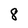
Character: 8